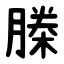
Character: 榺